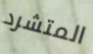
المتشرد